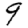
Digit: 9